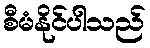
စီမံနိုင်ပါသည်